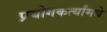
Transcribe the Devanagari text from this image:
प्रयोगकर्त्यांमधे